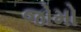
જોમો